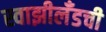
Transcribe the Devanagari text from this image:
स्वाझीलँडची